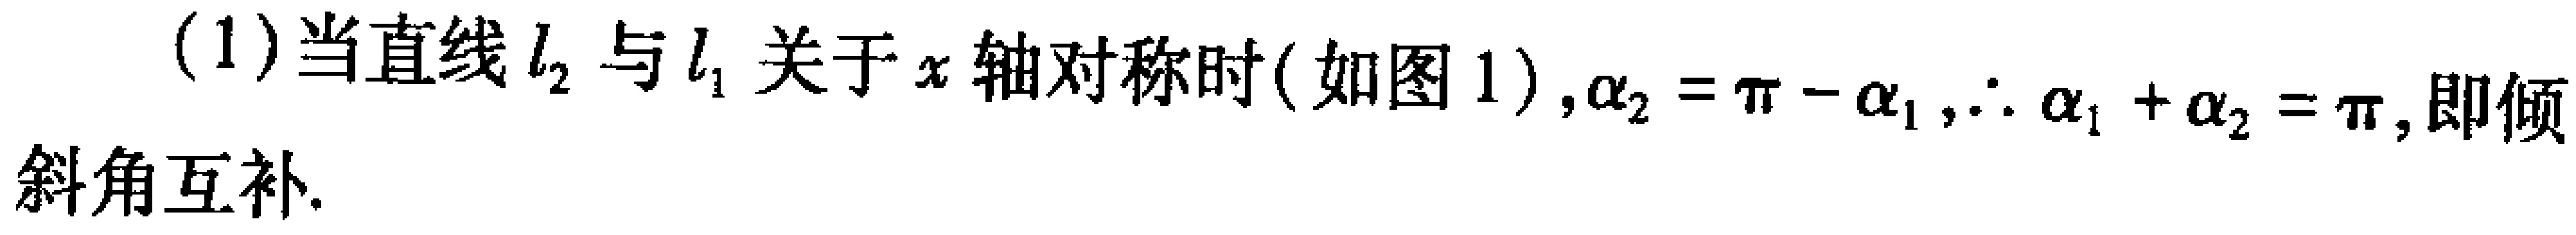
(1)当直线\(l_{2}\)与\(l_{1}\)关于\(x\)轴对称时(如图1),\(\alpha_{2}=\pi - \alpha_{1}\),\(\therefore \alpha_{1}+\alpha_{2}=\pi\),即倾斜角互补.